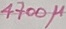
Text: 4700µ